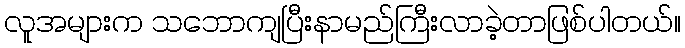
လူအများက သဘောကျပြီးနာမည်ကြီးလာခဲ့တာဖြစ်ပါတယ်။